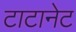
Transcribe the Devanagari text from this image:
टाटानेट